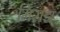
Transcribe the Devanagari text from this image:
मिराझ